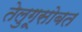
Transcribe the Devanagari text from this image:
तेलुगूसोबत